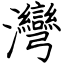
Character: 灣